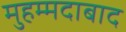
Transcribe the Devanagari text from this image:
मुहम्‍मदाबाद